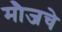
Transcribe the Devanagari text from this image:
मौजचे